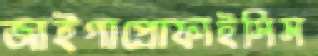
জাইগাপ্রোফাইসিস